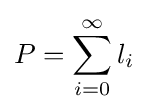
P=\sum _{i=0}^{\infty }{l_{i}}